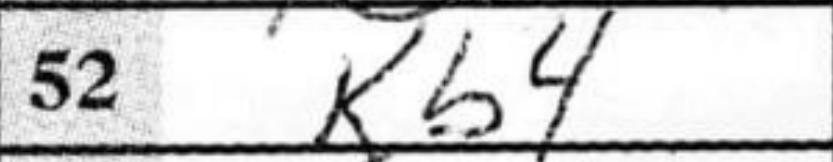
Transcription: Kb4